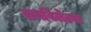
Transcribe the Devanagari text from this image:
लपविलेल्या